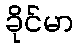
ခိုင်မာ